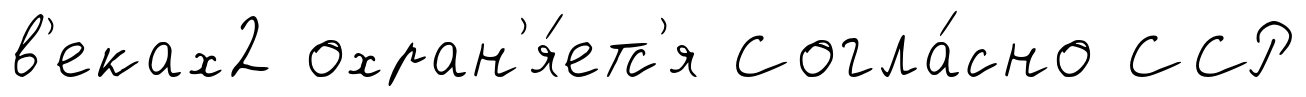
в'еках2 охран'я́етс'я Согла́сно ССР